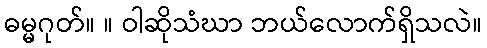
ဓမ္မဂုတ်။ ။ ဝါဆိုသံဃာ ဘယ်လောက်ရှိသလဲ။